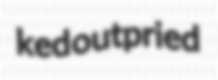
ked outpried